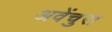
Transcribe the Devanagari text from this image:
अवेंचुरा